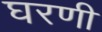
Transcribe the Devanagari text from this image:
घरणी